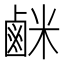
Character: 𫜇